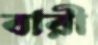
বারী